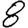
Digit: 8